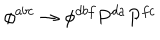
LaTeX: \phi ^ { a b c } \rightarrow \phi ^ { d b f } P ^ { d a } P ^ { f c }